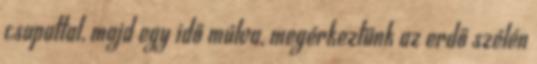
csapattal, majd egy idő múlva, megérkeztünk az erdő szélén